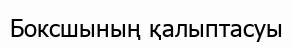
Боксшының қалыптасуы